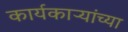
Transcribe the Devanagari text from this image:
कार्यकाऱ्यांच्या